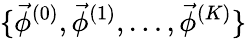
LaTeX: \{ \vec{\phi}^{(0)},\vec{\phi}^{(1)},\ldots,\vec{\phi}^{(K)}\}